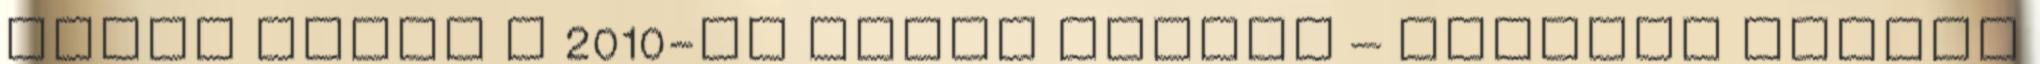
ügyek száma a 2010-es évhez képest – közölte Daniel